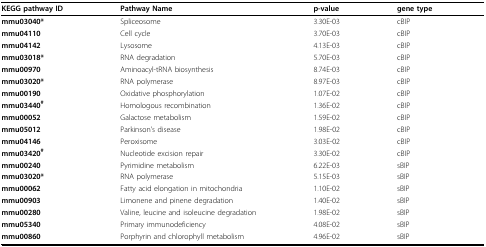
<table><thead><tr><td><b>KEGG pathway ID</b></td><td><b>Pathway Name</b></td><td><b>p-value</b></td><td><b>gene type</b></td></tr></thead><tbody><tr><td><b>mmu03040*</b></td><td>Spliceosome</td><td>3.30E-03</td><td>cBIP</td></tr><tr><td><b>mmu04110</b></td><td>Cell cycle</td><td>3.70E-03</td><td>cBIP</td></tr><tr><td><b>mmu04142</b></td><td>Lysosome</td><td>4.13E-03</td><td>cBIP</td></tr><tr><td><b>mmu03018*</b></td><td>RNA degradation</td><td>5.70E-03</td><td>cBIP</td></tr><tr><td><b>mmu00970</b></td><td>Aminoacyl-tRNA biosynthesis</td><td>8.74E-03</td><td>cBIP</td></tr><tr><td><b>mmu03020*</b></td><td>RNA polymerase</td><td>8.97E-03</td><td>cBIP</td></tr><tr><td><b>mmu00190</b></td><td>Oxidative phosphorylation</td><td>1.07E-02</td><td>cBIP</td></tr><tr><td><b>mmu03440</b><sup><b>#</b></sup></td><td>Homologous recombination</td><td>1.36E-02</td><td>cBIP</td></tr><tr><td><b>mmu00052</b></td><td>Galactose metabolism</td><td>1.59E-02</td><td>cBIP</td></tr><tr><td><b>mmu05012</b></td><td>Parkinson&#x27;s disease</td><td>1.98E-02</td><td>cBIP</td></tr><tr><td><b>mmu04146</b></td><td>Peroxisome</td><td>3.03E-02</td><td>cBIP</td></tr><tr><td><b>mmu03420</b><sup><b>#</b></sup></td><td>Nucleotide excision repair</td><td>3.30E-02</td><td>cBIP</td></tr><tr><td><b>mmu00240</b></td><td>Pyrimidine metabolism</td><td>6.22E-03</td><td>sBIP</td></tr><tr><td><b>mmu03020*</b></td><td>RNA polymerase</td><td>5.15E-03</td><td>sBIP</td></tr><tr><td><b>mmu00062</b></td><td>Fatty acid elongation in mitochondria</td><td>1.10E-02</td><td>sBIP</td></tr><tr><td><b>mmu00903</b></td><td>Limonene and pinene degradation</td><td>1.40E-02</td><td>sBIP</td></tr><tr><td><b>mmu00280</b></td><td>Valine, leucine and isoleucine degradation</td><td>1.98E-02</td><td>sBIP</td></tr><tr><td><b>mmu05340</b></td><td>Primary immunodeficiency</td><td>4.08E-02</td><td>sBIP</td></tr><tr><td><b>mmu00860</b></td><td>Porphyrin and chlorophyll metabolism</td><td>4.96E-02</td><td>sBIP</td></tr></tbody></table>